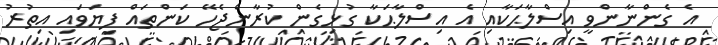
އެ ގެންނާންވީ އިސްލާޙަކާއި އެ އިސްލާޙަކާ ގުޅިގެން ކުރާންޖެހޭ ކަންތައް ފިޔަވައި އިތުރު